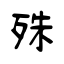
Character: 殊